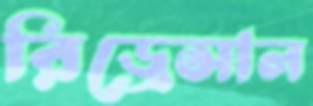
রিড্রেসাল